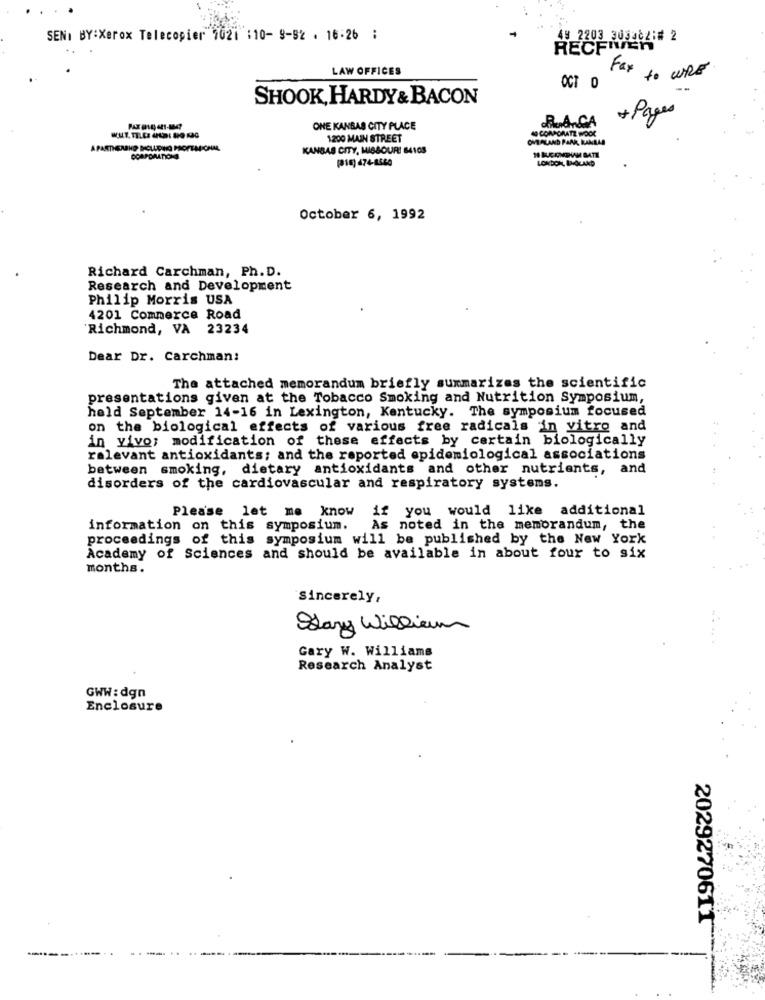
SENI BY:Xerox Telecopier 1021 :10- 9-92 . 16:26 :
49 2203 3033821# 2
RECFIVEn
LAW OFFICES
Fax to WRE
OCT 0
SHOOK, HARDY& BACON
dieAnCA
+ Pages
ONE KANSAS CITY PLACE
4CORPORATE WOOL
1200 MAIN STREET
OVERLAND PARK, KANALS
KANSAS CITY, MISBOUR! 64108
COMPDAATIONS
LONDON, BAILAND
October 6, 1992
Richard Carchman, Ph. D.
Research and Development
Philip Morris USA
4201 Commerce Road
Richmond, VA 23234
Dear Dr. Carchman:
The attached memorandum briefly summarizes the scientific
presentations given at the Tobacco Smoking and Nutrition Symposium,
held September 14-16 in Lexington, Kentucky. The symposium focused
on the biological effects of various free radicals in vitro and
in vivo; modification of these effects by certain biologically
relevant antioxidants; and the reported epidemiological associations
between smoking, dietary antioxidants and other nutrients, and
disorders of the cardiovascular and respiratory systems.
Please let me know if you would like additional
information on this symposium.
As noted in the memorandum, the
proceedings of this symposium will be published by the New York
Academy of Sciences and should be available in about four to six
months.
Sincerely,
Stary William
Gary W. Williams
Research Analyst
GWW: dgn
Enclosure
2029270611
-----..